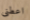
اعطنى